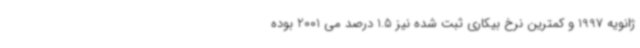
ژانویه 1997 و کمترین نرخ بیکاری ثبت شده نیز 1.5 درصد می 2001 بوده